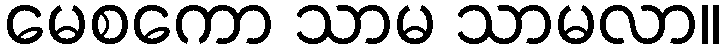
မေစကော သာမ သာမလာ။